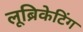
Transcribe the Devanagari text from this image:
लूब्रिकेटिंग